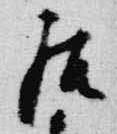
居